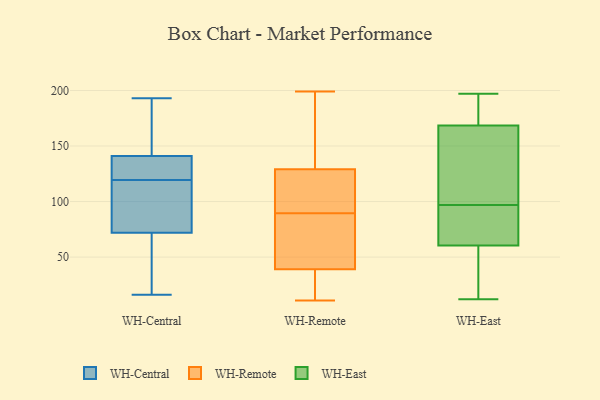
{"axis": {"x": "Customer Acquisition Cost (USD)", "y": "Value"}, "legend": ["WH-Central", "WH-East", "WH-Remote"], "data": [{"x": "", "y": 153, "type": "WH-Central"}, {"x": "", "y": 141, "type": "WH-Central"}, {"x": "", "y": 16, "type": "WH-Central"}, {"x": "", "y": 98, "type": "WH-Central"}, {"x": "", "y": 56, "type": "WH-Central"}, {"x": "", "y": 19, "type": "WH-Central"}, {"x": "", "y": 121, "type": "WH-Central"}, {"x": "", "y": 131, "type": "WH-Central"}, {"x": "", "y": 122, "type": "WH-Central"}, {"x": "", "y": 72, "type": "WH-Central"}, {"x": "", "y": 118, "type": "WH-Central"}, {"x": "", "y": 128, "type": "WH-Central"}, {"x": "", "y": 157, "type": "WH-Central"}, {"x": "", "y": 193, "type": "WH-Central"}, {"x": "", "y": 102, "type": "WH-Central"}, {"x": "", "y": 26, "type": "WH-Central"}, {"x": "", "y": 86, "type": "WH-Central"}, {"x": "", "y": 156, "type": "WH-Central"}, {"x": "", "y": 32, "type": "WH-Remote"}, {"x": "", "y": 12, "type": "WH-Remote"}, {"x": "", "y": 24, "type": "WH-Remote"}, {"x": "", "y": 83, "type": "WH-Remote"}, {"x": "", "y": 11, "type": "WH-Remote"}, {"x": "", "y": 164, "type": "WH-Remote"}, {"x": "", "y": 91, "type": "WH-Remote"}, {"x": "", "y": 77, "type": "WH-Remote"}, {"x": "", "y": 195, "type": "WH-Remote"}, {"x": "", "y": 92, "type": "WH-Remote"}, {"x": "", "y": 114, "type": "WH-Remote"}, {"x": "", "y": 199, "type": "WH-Remote"}, {"x": "", "y": 39, "type": "WH-Remote"}, {"x": "", "y": 85, "type": "WH-Remote"}, {"x": "", "y": 88, "type": "WH-Remote"}, {"x": "", "y": 129, "type": "WH-Remote"}, {"x": "", "y": 93, "type": "WH-Remote"}, {"x": "", "y": 135, "type": "WH-Remote"}, {"x": "", "y": 57, "type": "WH-East"}, {"x": "", "y": 114, "type": "WH-East"}, {"x": "", "y": 64, "type": "WH-East"}, {"x": "", "y": 174, "type": "WH-East"}, {"x": "", "y": 188, "type": "WH-East"}, {"x": "", "y": 12, "type": "WH-East"}, {"x": "", "y": 65, "type": "WH-East"}, {"x": "", "y": 194, "type": "WH-East"}, {"x": "", "y": 55, "type": "WH-East"}, {"x": "", "y": 197, "type": "WH-East"}, {"x": "", "y": 70, "type": "WH-East"}, {"x": "", "y": 80, "type": "WH-East"}, {"x": "", "y": 163, "type": "WH-East"}, {"x": "", "y": 29, "type": "WH-East"}, {"x": "", "y": 151, "type": "WH-East"}, {"x": "", "y": 143, "type": "WH-East"}]}